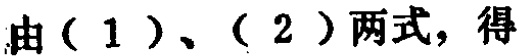
由（1）、（2）两式，得